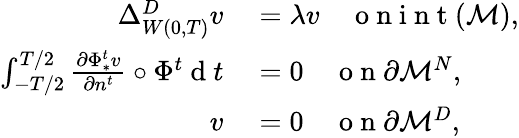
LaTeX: \begin{array}{rl}{\Delta_{W(0,T)}^{D}v}&{{}=\lambda v\quad\mathrm{~o~n~i~n~t~}(\mathcal{M}),}\\ {\int_{-T/2}^{T/2}\frac{\partial\Phi_{*}^{t}v}{\partial n^{t}}\circ\Phi^{t}\mathrm{~d~}t}&{{}=0\quad\mathrm{~o~n~}\partial\mathcal{M}^{N},}\\ {v}&{{}=0\quad\mathrm{~o~n~}\partial\mathcal{M}^{D},}\end{array}